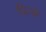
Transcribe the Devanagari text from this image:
फिन्ले